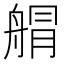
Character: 䑵